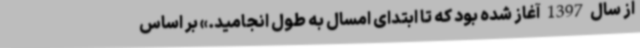
از سال 1397 آغاز شده بود که تا ابتدای امسال به طول انجامید.» بر اساس